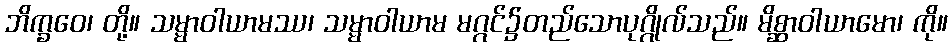
ဘိက္ခဝေ၊ တို့။ သမ္မာဝါယာမဿ၊ သမ္မာဝါယာမ မဂ္ဂင်၌တည်သောပုဂ္ဂိုလ်သည်။ မိစ္ဆာဝါယာမော၊ ကို။